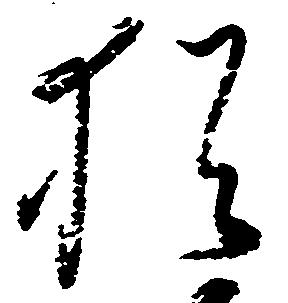
猶